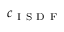
c _ { \mathrm { ~ I ~ S ~ D ~ F ~ } }